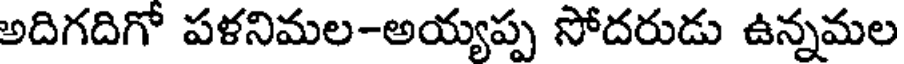
అదిగదిగో పళనిమల-అయ్యప్ప సోదరుడు ఉన్నమల